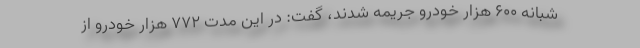
شبانه ۶۰۰ هزار خودرو جریمه شدند، گفت: در این مدت ۷۷۲ هزار خودرو از